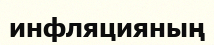
инфляцияның